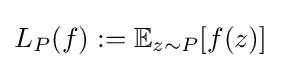
L_{P}(f):=\mathbb {E} _{z\sim P}[f(z)]